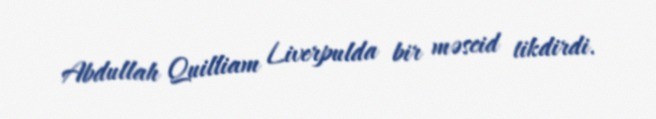
Abdullah Quilliam Liverpulda bir məscid tikdirdi.